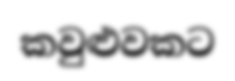
කවුළුවකට